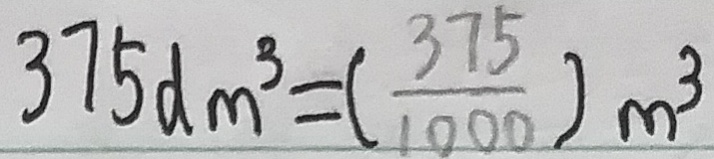
3 7 5 d m ^ { 3 } = ( \frac { 3 7 5 } { 1 0 0 0 } ) m ^ { 3 }